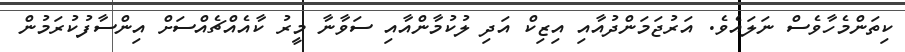
ކިތަންމެހާވެސް ނަލައެވެ. އަރުޖަމަންދުއާއި އިޒިކް އަދި ލުކުމާންއާއި ސަވާނާ މީރު ކާއެއްޗެއްސަށް އިންސާފުކުރަމުން